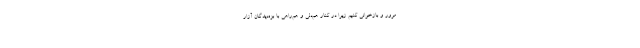
مرور و بازخوانی کنیم زیرا در کنار هم‌دلی و هم‌راهی با بزه‌دیدگان آزار